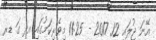
އޭނަ ޖުލައި 12